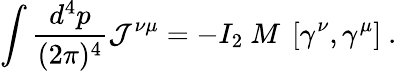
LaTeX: \int{\frac{d^{4}p}{(2\pi)^{4}}}{\cal J}^{\nu\mu}=-I_{2}\ M\ \left[\gamma^{\nu},\gamma^{\mu}\right]\ .